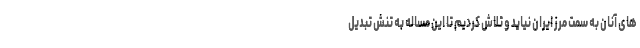
های آنان به سمت مرز ایران نیاید و تلاش کردیم تا این مساله به تنش تبدیل